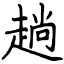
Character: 趟